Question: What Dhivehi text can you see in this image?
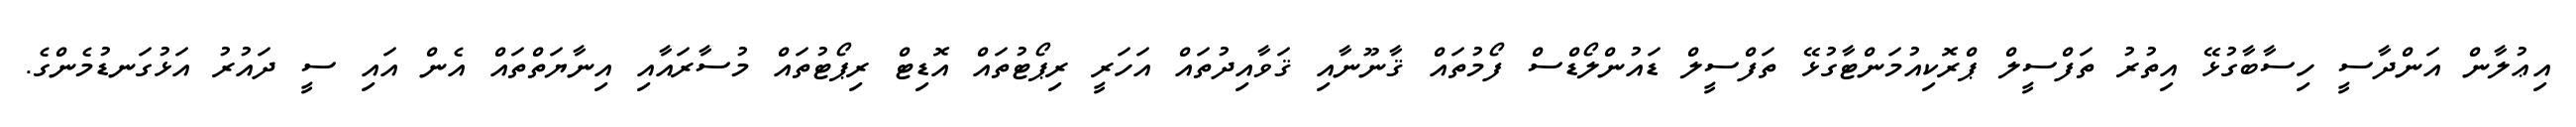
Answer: އިޢުލާން އަންދާސީ ހިސާބާގުޅޭ އިތުރު ތަފްސީލް ޕްރޮކިއުމަންޓާގުޅޭ ތަފްސީލް ޑައުންލޯޑްސް ފޯމުތައް ޤާނޫނާއި ޤަވާއިދުތައް އަހަރީ ރިޕޯޓުތައް އޮޑިޓް ރިޕޯޓުތައް މުސާރައާއި އިނާޔަތްތައް އެން އައި ސީ ދައުރު އަޅުގަނޑުމެންގެ.